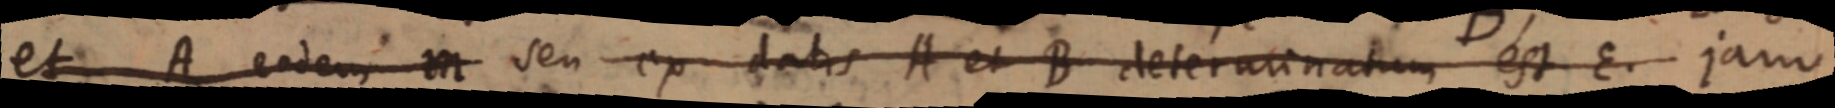
et A eodem in seu ex datis A et B determinatum est E. jam